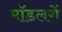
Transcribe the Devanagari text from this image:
मॉडलरों